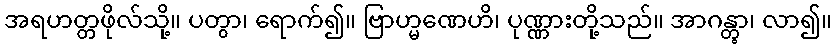
အရဟတ္တဖိုလ်သို့။ ပတွာ၊ ရောက်၍။ ဗြာဟ္မဏေဟိ၊ ပုဏ္ဏားတို့သည်။ အာဂန္တွာ၊ လာ၍။